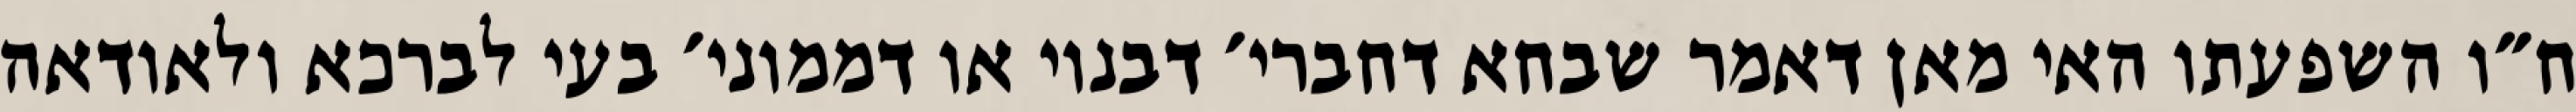
ח״ו השפעתו האי מאן דאמר שבחא דחברי׳ דבנוי או דממוני׳ בעי לברכא ולאודאה